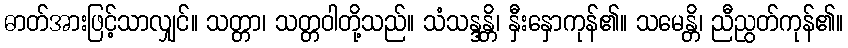
ဓာတ်အားဖြင့်သာလျှင်။ သတ္တာ၊ သတ္တဝါတို့သည်။ သံသန္ဒန္တိ၊ နှီးနှောကုန်၏။ သမေန္တိ၊ ညီညွတ်ကုန်၏။